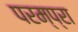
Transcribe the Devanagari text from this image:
परम्प्रा